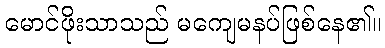
မောင်ဖိုးသာသည် မကျေမနပ်ဖြစ်နေ၏။